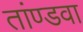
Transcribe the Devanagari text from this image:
तांण्डवा